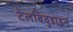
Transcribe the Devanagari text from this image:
टेलबिवुडाइन